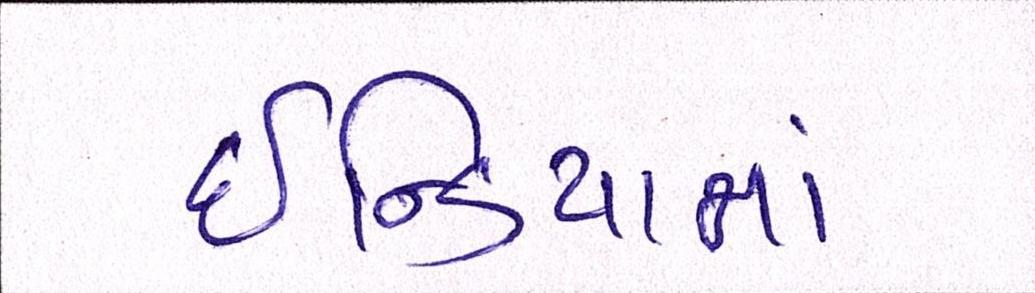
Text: ઇન્ડિયામાં